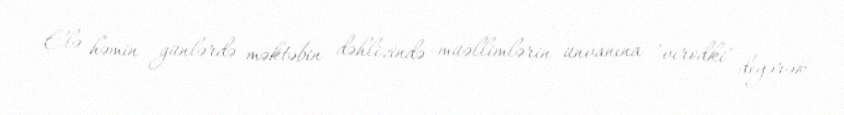
Elə həmin günlərdə məktəbin dəhlizində müəllimlərin ünvanına "vırodki" deyərək